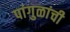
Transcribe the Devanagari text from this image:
पांगुळांची